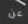
عن